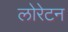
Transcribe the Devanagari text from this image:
लोरेटन